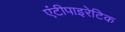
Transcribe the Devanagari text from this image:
एंटीपाइरेटिक